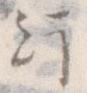
行